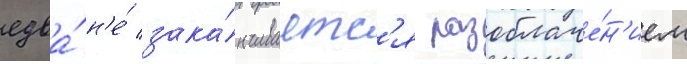
едва́ н'е́ зака́нчиваетс'я разоблаче́н'ием